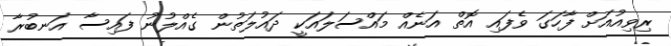
ރިވިއުއަށް ފާހަގަ ވެފައި އޮތް އަނެއް މައްސަލައަކީ ދައުލަތުން ގެއްލުނު ފައިސާ އަނބުރާ